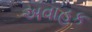
અવાહક